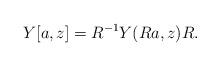
LaTeX: \begin{align*}Y[a,z] = R^{-1}Y(Ra,z)R.\end{align*}